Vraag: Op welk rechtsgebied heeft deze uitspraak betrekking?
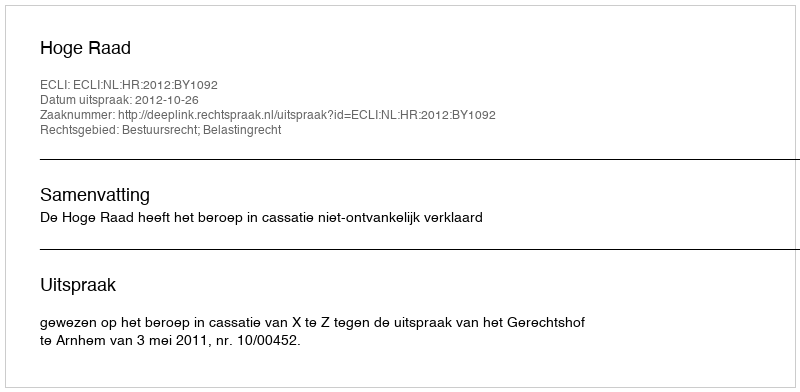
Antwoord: Bestuursrecht; Belastingrecht